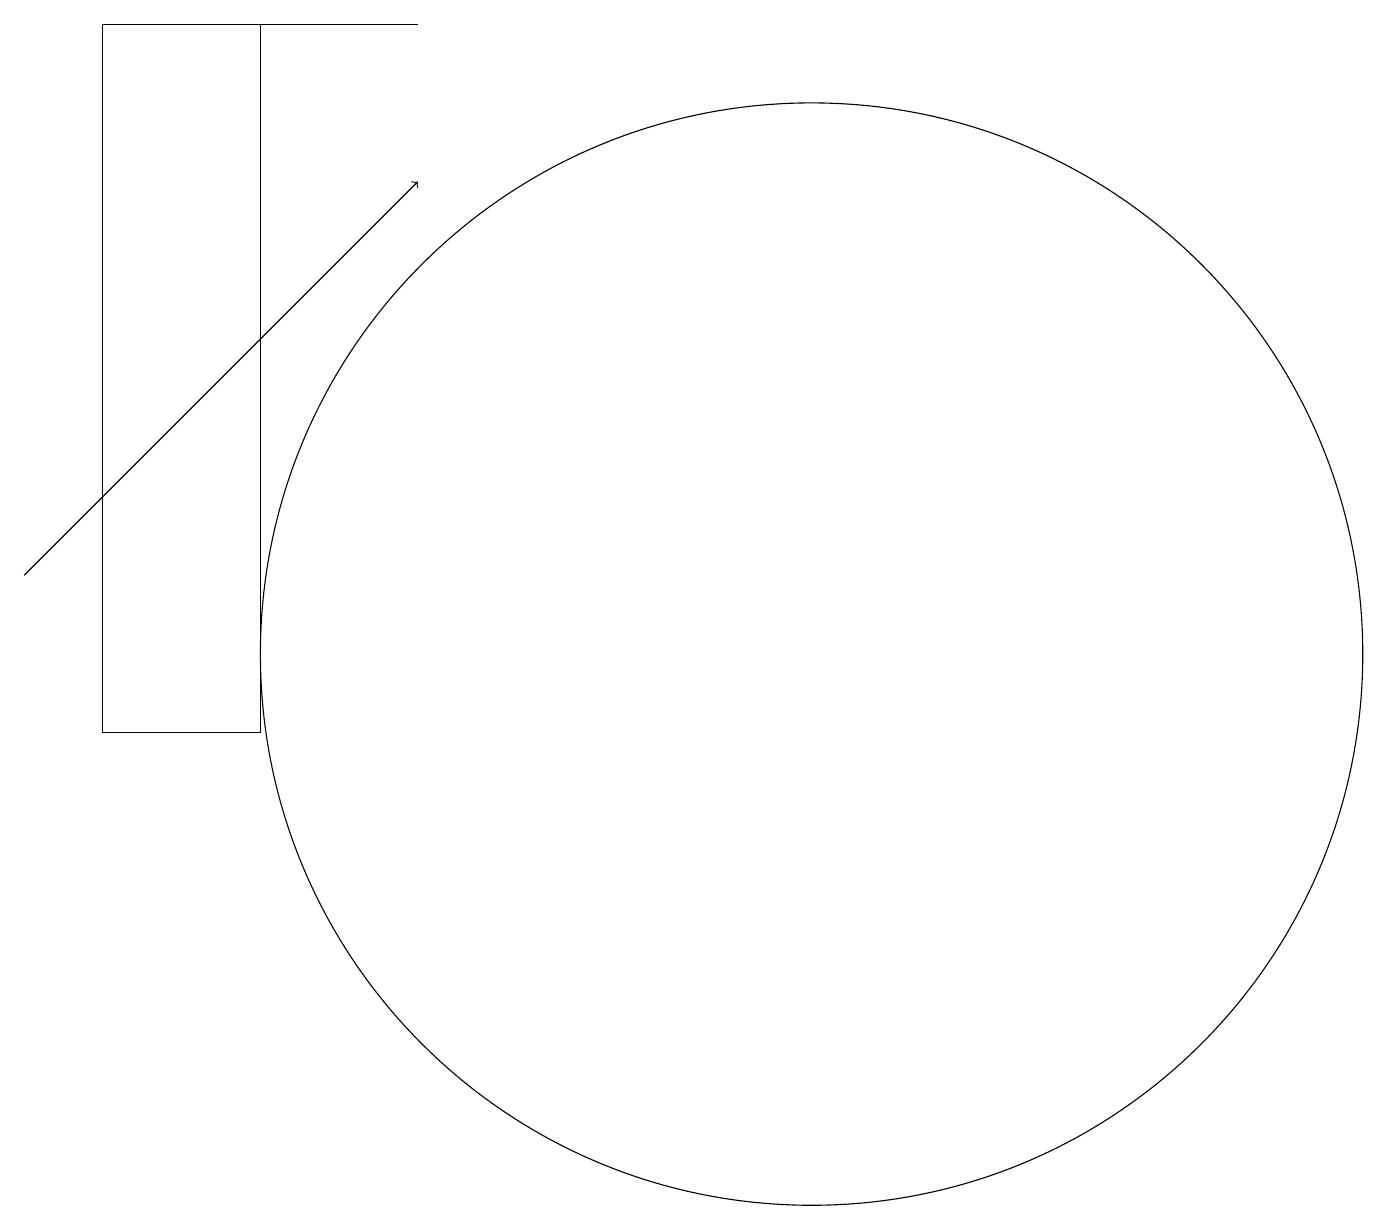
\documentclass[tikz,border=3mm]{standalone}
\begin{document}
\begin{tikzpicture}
\draw (10,11) circle (7);
\draw (5,19) rectangle (3,19);
\draw[->] (0,12) -- (5,17);
\draw (3,10) rectangle (1,19);
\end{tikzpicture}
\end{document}